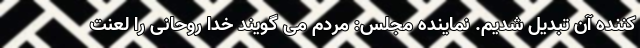
کننده آن تبدیل شدیم. نماینده مجلس: مردم می گویند خدا روحانی را لعنت